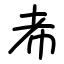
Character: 㠻